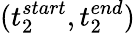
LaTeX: (t_{2}^{start},t_{2}^{end})